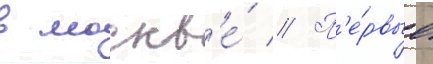
в москв'е́ // П'е́рвые